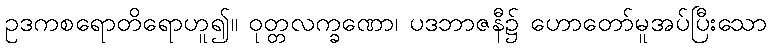
ဥဒကစရောတိရောဟူ၍။ ဝုတ္တလက္ခဏော၊ ပဒဘာဇနီ၌ ဟောတော်မူအပ်ပြီးသော